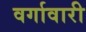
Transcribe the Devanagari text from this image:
वर्गावारी